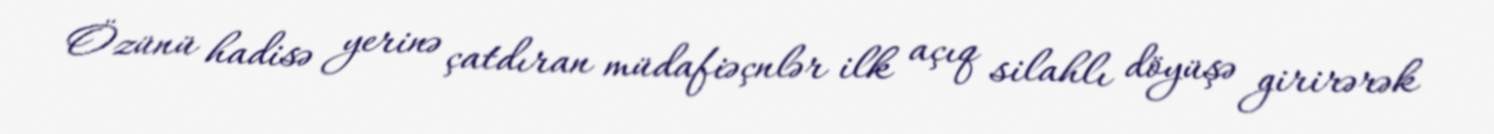
Özünü hadisə yerinə çatdıran müdafiəçnlər ilk açıq silahlı döyüşə girirərək